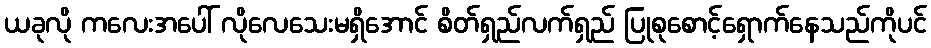
ယခုလို ကလေးအပေါ် လိုလေသေးမရှိအောင် စိတ်ရှည်လက်ရှည် ပြုစုစောင့်ရှောက်နေသည်ကိုပင်